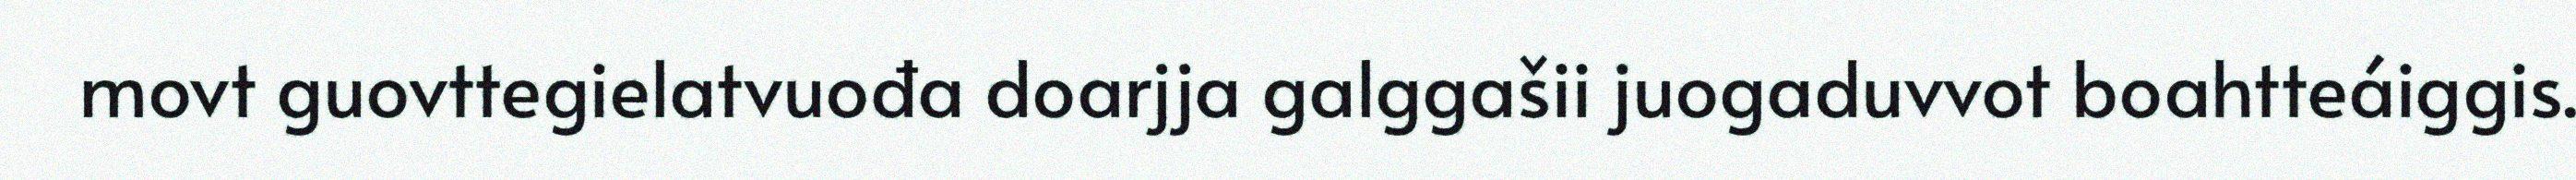
movt guovttegielatvuođa doarjja galggašii juogaduvvot boahtteáiggis.